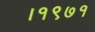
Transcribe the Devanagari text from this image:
।१९७१